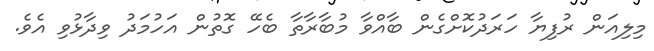
މިލިއަން ރުފިޔާ ހަރަދުކޮށްގެން ބާއްވާ މުބާރާތާ ބެހޭ ގޮތުން އަހުމަދު ވިދާޅުވި އެވެ.